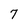
Character: 7